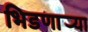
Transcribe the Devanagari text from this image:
भिडणार्‍या